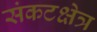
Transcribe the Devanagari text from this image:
संकटक्षेत्र